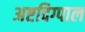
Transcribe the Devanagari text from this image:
अष्टदिग्पाल